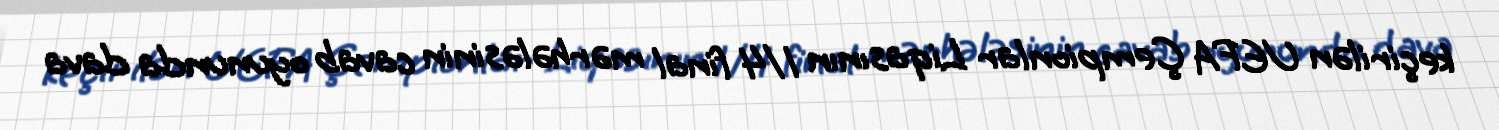
keçirilən UEFA Çempionlar Liqasının 1/4 final mərhələsinin cavab oyununda dava